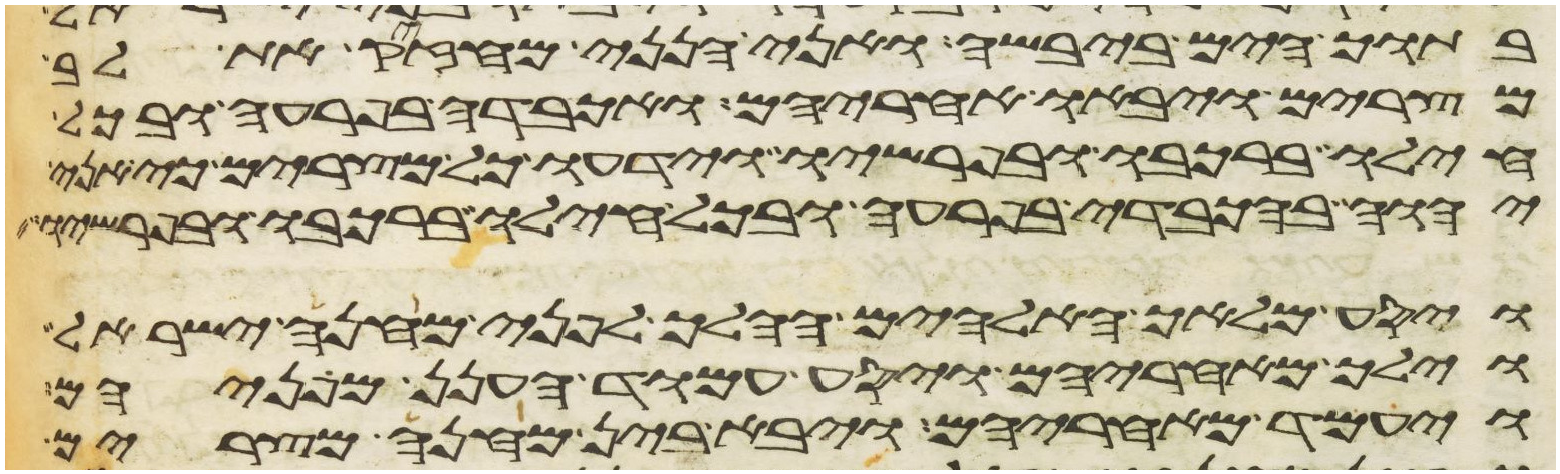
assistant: בתוך הים ביבשה ואני הנני מחזיק את לב
מצרים ויבאו אחריהם ואכבדה בפרעה ובכל
חילו ברכבו ובפרשיו וידעו כל מצרים כי אני
יהוה בהכבדי בפרעה ובכל חילו ברכבו ובפרשיו
ויסע מלאך האלהים ההלך לפני מחנה ישראל
וילך מאחריהם ויסע עמוד הענן מפניהם
ויעמד מאחריהם ויבא בין מחנה מצרים